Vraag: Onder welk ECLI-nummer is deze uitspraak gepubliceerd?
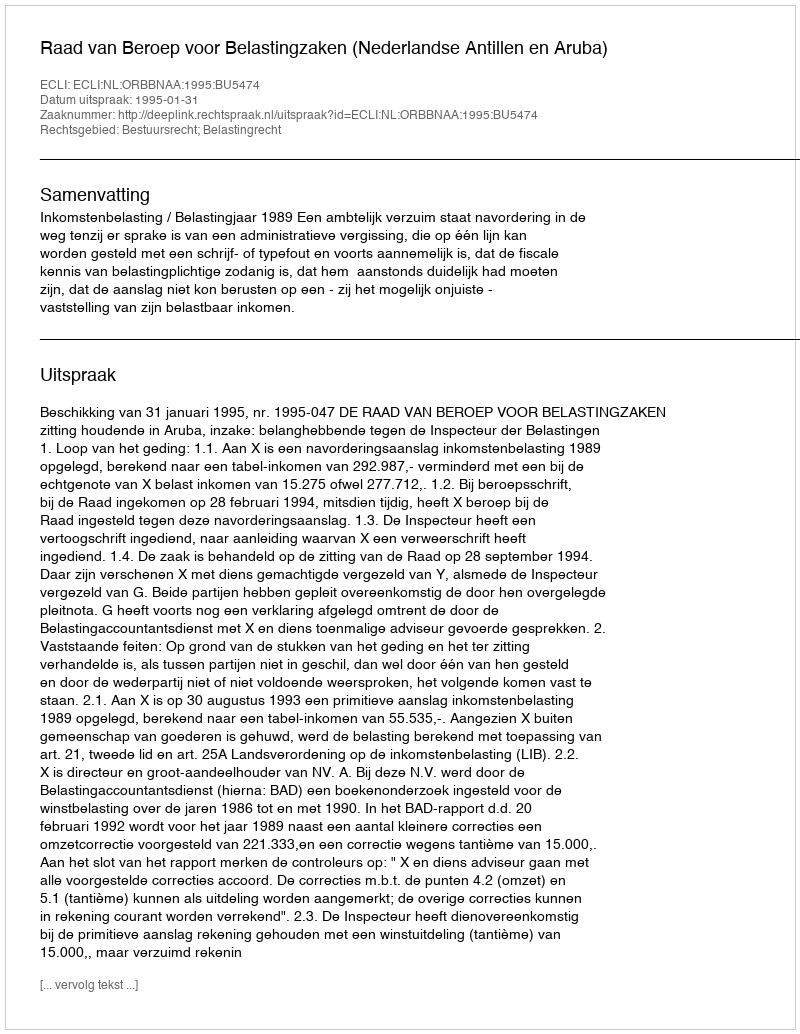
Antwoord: ECLI:NL:ORBBNAA:1995:BU5474